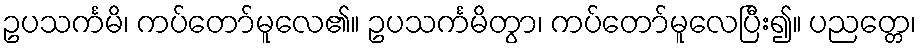
ဥပသင်္ကမိ၊ ကပ်တော်မူလေ၏။ ဥပသင်္ကမိတွာ၊ ကပ်တော်မူလေပြီး၍။ ပညတ္တေ၊